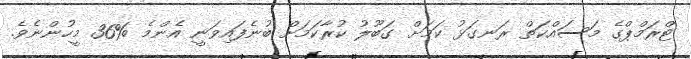
ޓްރަމްޕްގެ މަސައްކަތް ރަނގަޅު ކަމަށް ގަބޫލު ކުރާކަމަށް ބުނެފައިވަނީ އެންމެ %36 މީހުންނެވެ.